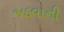
જડવાની